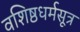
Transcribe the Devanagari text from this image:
वशिष्ठधर्मसूत्र